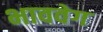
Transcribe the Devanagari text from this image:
भाववेग